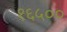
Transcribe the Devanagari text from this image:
१६५००